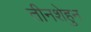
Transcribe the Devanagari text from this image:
तीनशेहुन